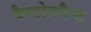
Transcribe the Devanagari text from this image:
कैन्टोनमैन्ट